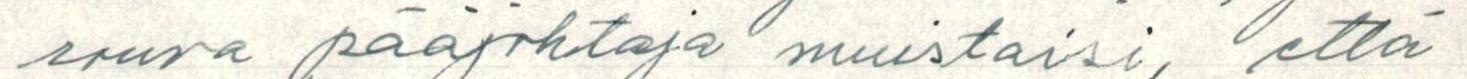
rouva pääjohtaja muistaisi, että